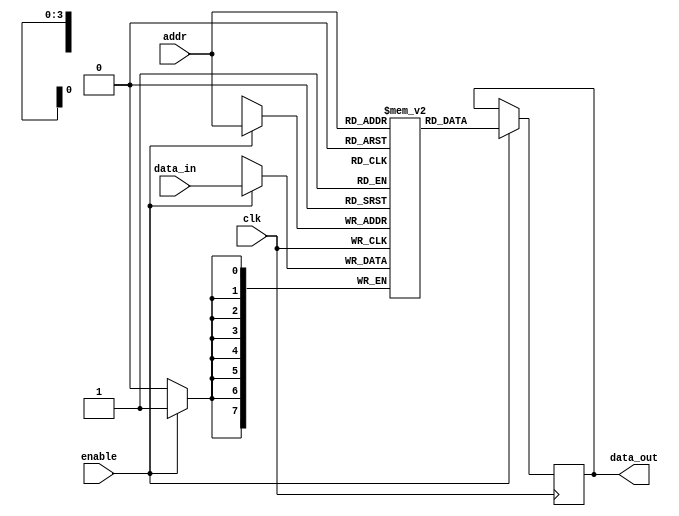
module memory_block (
    input wire clk,          // Main clock signal
    input wire enable,       // Enable signal for clock gating
    input wire [7:0] data_in, // Data input for the memory
    input wire [3:0] addr,    // Address input
    output reg [7:0] data_out  // Data output from the memory
);

    reg [7:0] memory [0:15]; // 16 x 8-bit memory block

    // Memory write operation
    always @(posedge clk) begin
        if (enable) begin
            memory[addr] <= data_in; // Write data to memory
        end
    end

    // Memory read operation
    always @(posedge clk) begin
        if (enable) begin
            data_out <= memory[addr]; // Read data from memory
        end
    end

endmodule